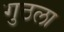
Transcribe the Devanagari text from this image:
गुठला